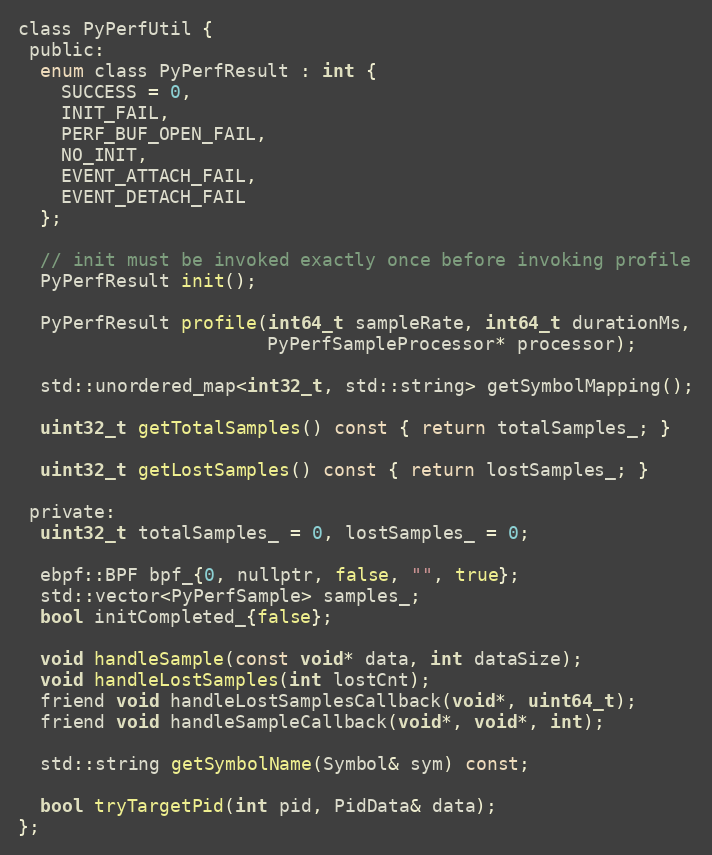
Language: C
class PyPerfUtil {
 public:
  enum class PyPerfResult : int {
    SUCCESS = 0,
    INIT_FAIL,
    PERF_BUF_OPEN_FAIL,
    NO_INIT,
    EVENT_ATTACH_FAIL,
    EVENT_DETACH_FAIL
  };

  // init must be invoked exactly once before invoking profile
  PyPerfResult init();

  PyPerfResult profile(int64_t sampleRate, int64_t durationMs,
                       PyPerfSampleProcessor* processor);

  std::unordered_map<int32_t, std::string> getSymbolMapping();

  uint32_t getTotalSamples() const { return totalSamples_; }

  uint32_t getLostSamples() const { return lostSamples_; }

 private:
  uint32_t totalSamples_ = 0, lostSamples_ = 0;

  ebpf::BPF bpf_{0, nullptr, false, "", true};
  std::vector<PyPerfSample> samples_;
  bool initCompleted_{false};

  void handleSample(const void* data, int dataSize);
  void handleLostSamples(int lostCnt);
  friend void handleLostSamplesCallback(void*, uint64_t);
  friend void handleSampleCallback(void*, void*, int);

  std::string getSymbolName(Symbol& sym) const;

  bool tryTargetPid(int pid, PidData& data);
};